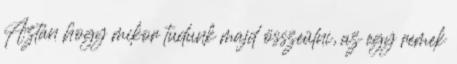
Aztán hogy mikor tudunk majd összeülni, az egy remek